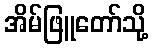
အိမ်ဖြူတော်သို့